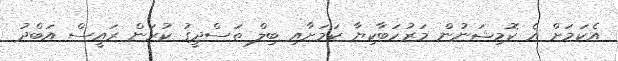
އެކަމަށް އެ ކޮމިޝަނުން މަރުހަބާކިޔާ ކަމަށާއި ބިލް ތަސްދީގު ކުރަން ރައީސް އަބްދު